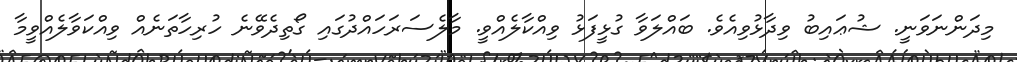
މިދަންނަވަނީ. ޝުޢައިބު ވިދާޅުވިއެވެ. ބައްލަވާ ގުޅީފަޅު ވިއްކާލެއްވީ. މާލެސަރަހައްދުގައި ގޯތިދެވޭނެ ހުރިހާތަނެއް ވިއްކަވާލެއްވީމާ